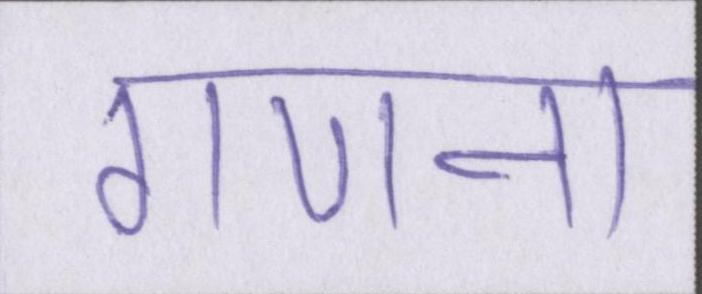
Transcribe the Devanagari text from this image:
गणना